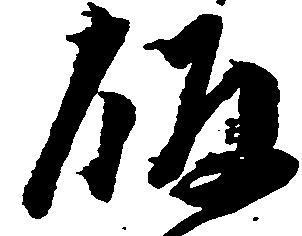
飯